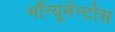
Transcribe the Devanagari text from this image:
मॉन्यूमेन्टोस